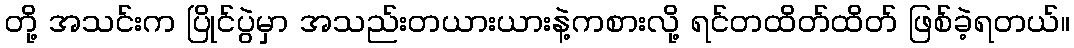
တို့ အသင်းက ပြိုင်ပွဲမှာ အသည်းတယားယားနဲ့ကစားလို့ ရင်တထိတ်ထိတ် ဖြစ်ခဲ့ရတယ်။